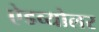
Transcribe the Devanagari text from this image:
ऐडव्योलर